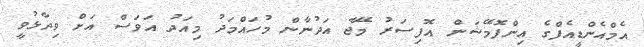
އެމްއެންޑީއެފްގެ އިންފޮމޭޝަން އޮފިސަރު މޭޖާ އަދުނާން މުހައްމަދު މިއަދު އަވަސް އަށް ވިދާޅުވީ